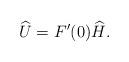
LaTeX: \begin{align*}\widehat {U}=F' (0)\widehat H.\end{align*}